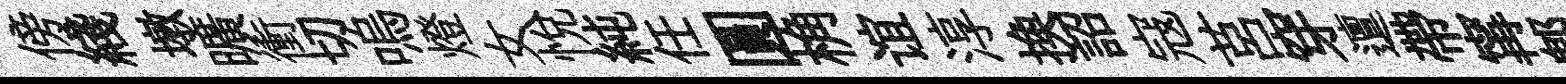
傍綫墩曠衝切嗚燈女悅純任圓桷谊淳换詔寇莒穿邅帶𡩋郫